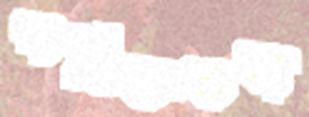
পঙিক্তবদ্ধ